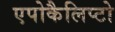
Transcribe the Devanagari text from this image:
एपोकैलिप्टो